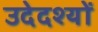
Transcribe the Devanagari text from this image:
उदेदश्यों